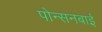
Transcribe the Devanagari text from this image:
पोन्सनबाई